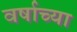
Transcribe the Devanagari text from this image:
वर्षाच्‍या